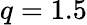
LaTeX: q=1.5